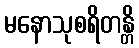
မနောသုစရိတန္တိ